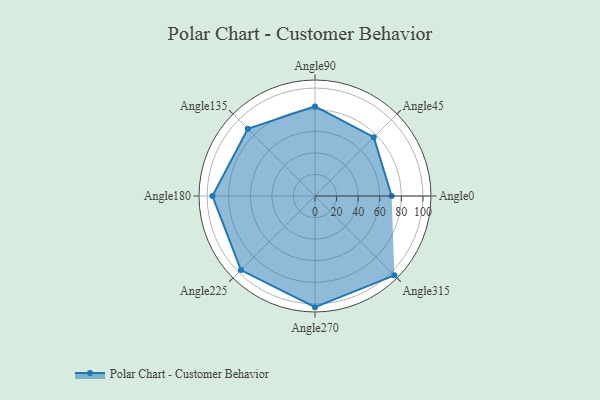
{"axis": {"x": "Angle", "y": "Radius"}, "legend": [""], "data": [{"x": "Angle0", "y": 71.0, "type": ""}, {"x": "Angle45", "y": 77.0, "type": ""}, {"x": "Angle90", "y": 83.0, "type": ""}, {"x": "Angle135", "y": 88.0, "type": ""}, {"x": "Angle180", "y": 95.0, "type": ""}, {"x": "Angle225", "y": 97.0, "type": ""}, {"x": "Angle270", "y": 103.0, "type": ""}, {"x": "Angle315", "y": 104.0, "type": ""}]}